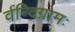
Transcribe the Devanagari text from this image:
र्वन्दिग्रामः